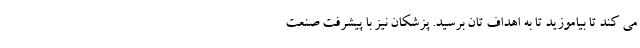
می کند تا بیاموزید تا به اهداف تان برسید. پزشکان نیز با پیشرفت صنعت